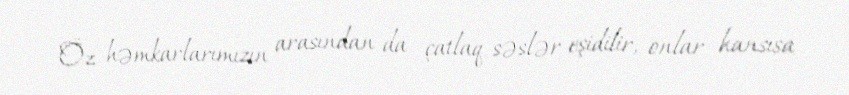
Öz həmkarlarımızın arasından da çatlaq səslər eşidilir, onlar hansısa